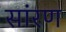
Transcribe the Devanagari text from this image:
सांरण